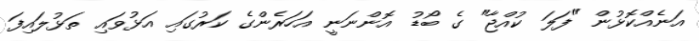
އަނެއްކޮޅުން "ފަލަ ކުއްޖާ" ގެ ބޯޑު އޮންނަނީ އަހަރެންގެ ކަރުގައި އަޅުވައި ތަޅުލައިފަ